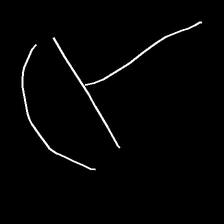
Glyph: dispersion